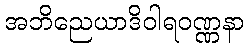
အဘိညေယာဒိဝါရဝဏ္ဏနာ